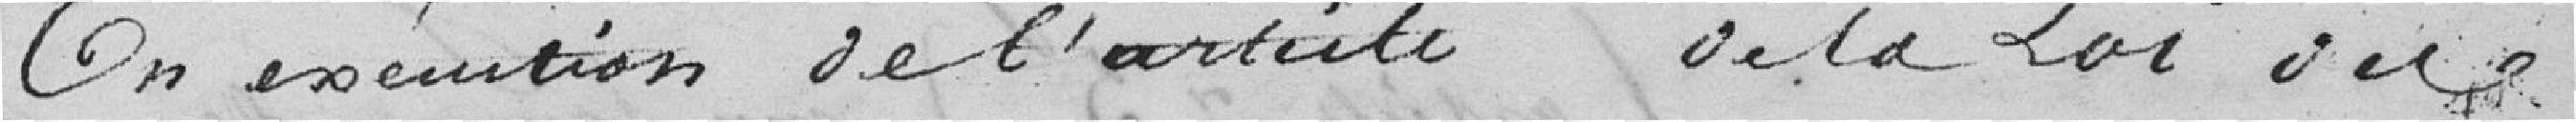
En exécution de l'artiste de la Loi du